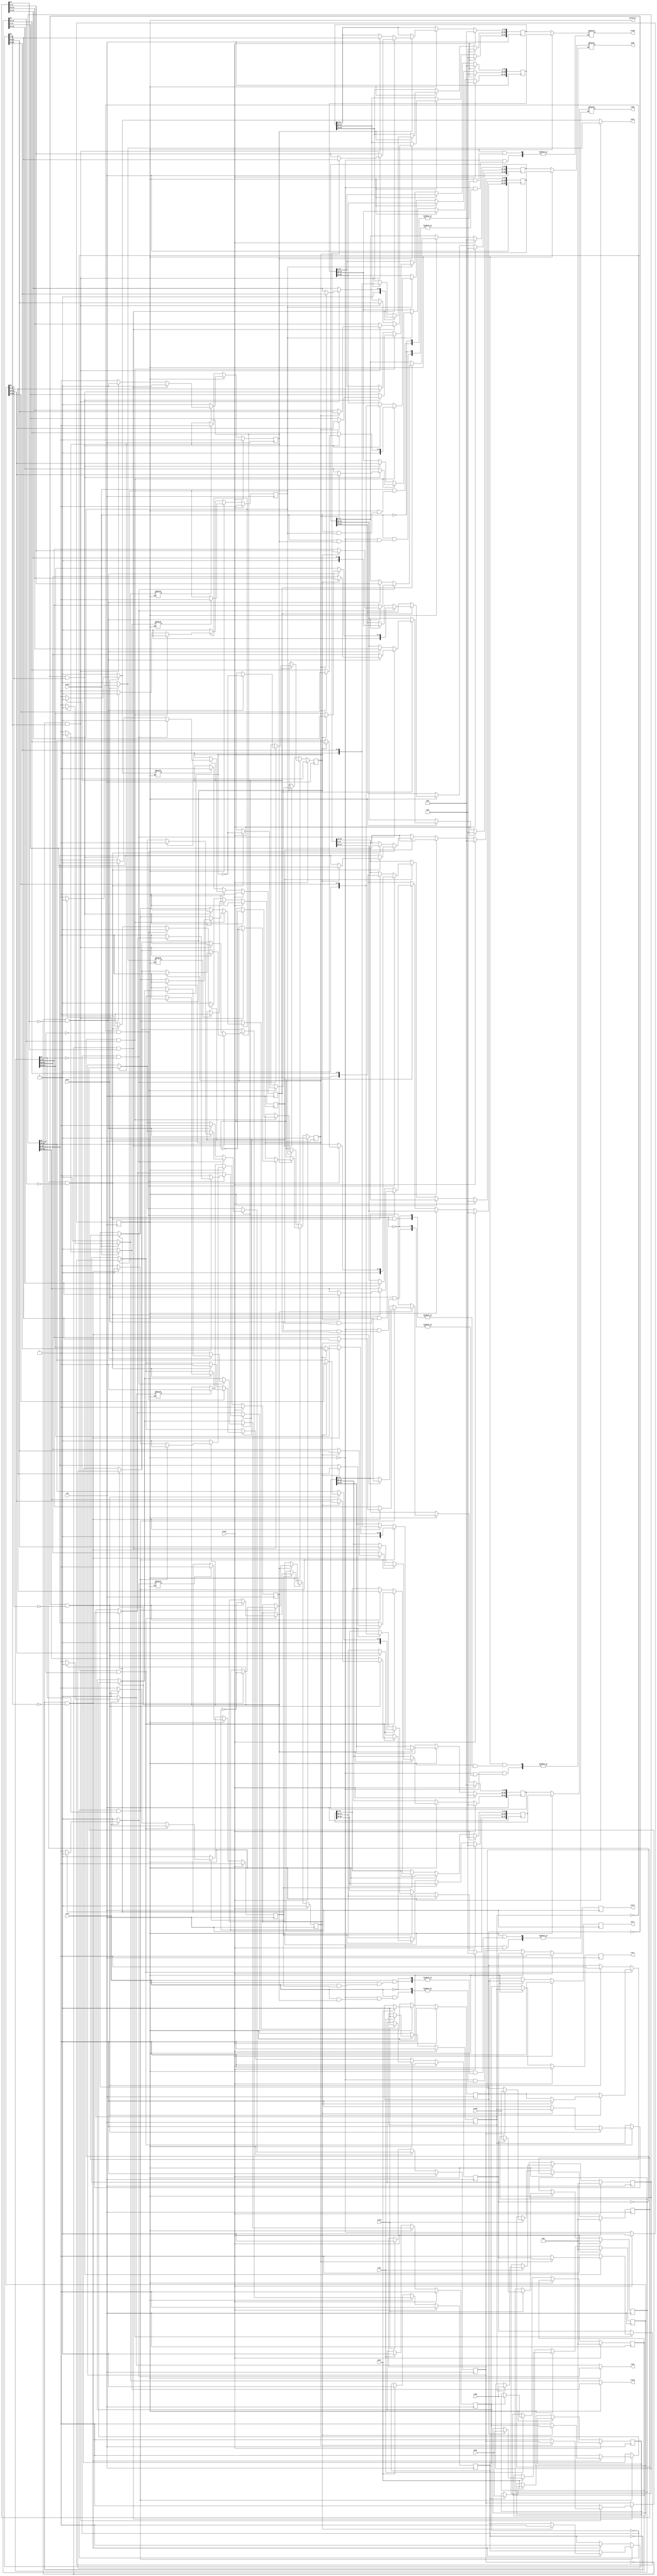

`define PACKET_WIDTH 64
`define RESERVED_WIDTH 6
`define HOP_WIDTH 8
`define SOURCE_WIDTH 16
`define EVEN 1'b0
`define ODD 1'b1
`define CW 1'b0
`define CCW 1'b1
`define RESET_ACTIVE 1'b1
`define SO_RESET_VALUE 1'b0
`define RI_RESET_VALUE 1'b1
`define DATA_RESET_VALUE 0
`define PRI_CW_PE 1'b0
`define PRI_CCW_PE 1'b0
`define PRI_CW_CCW 1'b0
`define POLARITY_RESET_VALUE 1'b0
`define HANDSHAKING_ACTIVE 1'b1
`define DIR_CW 1'b0
`define DIR_CCW 1'b1
`define HOP_ZERO 1'b0
`define IDLE 1'b1
`define OCCUPIED 1'b0


module ring_router( clk, reset, polarity,
					cwsi, cwri, cwdi,
					cwso, cwro, cwdo,
					ccwsi, ccwri, ccwdi,
					ccwso, ccwro, ccwdo,
					pesi, peri, pedi,
					peso, pero, pedo);
input cwsi, cwro, ccwsi, ccwro, pesi, pero, clk, reset;
output reg cwri, cwso, ccwri, ccwso, peri, peso, polarity;
input [`PACKET_WIDTH-1:0] cwdi, ccwdi, pedi;
output reg [`PACKET_WIDTH-1:0] cwdo, ccwdo, pedo;
reg pe_priority, cw_priority, ccw_priority;
reg pe_vc, pe_dir;
reg cwi_even_status, cwi_odd_status, cwo_even_status, cwo_odd_status, ccwi_even_status, ccwi_odd_status, ccwo_even_status, ccwo_odd_status, pei_even_status, pei_odd_status, peo_even_status, peo_odd_status;
reg cw_valid, ccw_valid, pe_valid;
reg [`HOP_WIDTH-1:0] cw_hop_value, ccw_hop_value, pe_hop_value;
reg [`PACKET_WIDTH-1:0] cwdi_even, cwdi_odd, cwdo_even, cwdo_odd, ccwdi_even, ccwdi_odd, ccwdo_even, ccwdo_odd, pedi_even, pedi_odd, pedo_even, pedo_odd;

reg flag_cwo_even, flag_ccwo_even, flag_peo_even, flag_cwo_odd, flag_ccwo_odd, flag_peo_odd;
//output connection
always @(*) begin
	if (polarity == `EVEN) begin
	    //cw
		if(cwro == `HANDSHAKING_ACTIVE) begin
			if(cwo_even_status == `OCCUPIED) begin
				flag_cwo_even = 1'b1;
				cwdo = cwdo_even;
				cwso = `HANDSHAKING_ACTIVE;
			end
			else begin
			flag_cwo_even = 1'b0;
			cwso = ~`HANDSHAKING_ACTIVE;
			end
		end
		else begin
			flag_cwo_even = 1'b0;
			cwso = ~`HANDSHAKING_ACTIVE;
		end

		//ccw
		if(ccwro == `HANDSHAKING_ACTIVE) begin
			if(ccwo_even_status == `OCCUPIED) begin
				flag_ccwo_even = 1'b1;
				ccwdo = ccwdo_even;
				ccwso = `HANDSHAKING_ACTIVE;
			end
			else begin
				flag_ccwo_even = 1'b0;
				ccwso = ~`HANDSHAKING_ACTIVE;
			end
		end
		else begin
			flag_ccwo_even = 1'b0;
			ccwso = ~`HANDSHAKING_ACTIVE;
		end

		//pe
		if(pero == `HANDSHAKING_ACTIVE) begin
			if(peo_even_status == `OCCUPIED) begin
				flag_peo_even = 1'b1;
				pedo = pedo_even;
				peso = `HANDSHAKING_ACTIVE;
			end
			else begin
				flag_peo_even = 1'b0;
				peso = ~`HANDSHAKING_ACTIVE;
			end
		end
		else begin
			flag_peo_even = 1'b0;
			peso = ~`HANDSHAKING_ACTIVE;
		end

	end


	else begin//Odd polarity
	    //cw
		if(cwro == `HANDSHAKING_ACTIVE) begin
			if(cwo_odd_status == `OCCUPIED) begin
				flag_cwo_odd = 1'b1;
				cwdo = cwdo_odd;
				cwso = `HANDSHAKING_ACTIVE;
			end
			else begin
			flag_cwo_odd = 1'b0;
			cwso = ~`HANDSHAKING_ACTIVE;
			end
		end
		else begin
			flag_cwo_odd = 1'b0;
			cwso = ~`HANDSHAKING_ACTIVE;
		end

		//ccw
		if(ccwro == `HANDSHAKING_ACTIVE) begin
			if(ccwo_odd_status == `OCCUPIED) begin
				flag_ccwo_odd = 1'b1;
				ccwdo = ccwdo_odd;
				ccwso = `HANDSHAKING_ACTIVE;
			end
			else begin
				flag_ccwo_odd = 1'b0;
				ccwso = ~`HANDSHAKING_ACTIVE;

			end
		end
		else begin
			flag_ccwo_odd = 1'b0;
			ccwso = ~`HANDSHAKING_ACTIVE;
		end

		//pe
		if(pero == `HANDSHAKING_ACTIVE) begin
			if(peo_odd_status == `OCCUPIED) begin
				flag_peo_odd = 1'b1;
				pedo = pedo_odd;
				peso = `HANDSHAKING_ACTIVE;
			end
			else begin
				flag_peo_odd = 1'b0;
				peso = ~`HANDSHAKING_ACTIVE;
			end
		end
		else begin
			flag_peo_odd = 1'b0;
			peso = ~`HANDSHAKING_ACTIVE;
		end

	end
end




always @(posedge clk) begin
	if(reset == `RESET_ACTIVE) begin
		// so reset
//		cwso = `SO_RESET_VALUE;
//		ccwso = `SO_RESET_VALUE;
//		peso = `SO_RESET_VALUE;
		// ri reset
		cwri <= `RI_RESET_VALUE;
		ccwri <= `RI_RESET_VALUE;
		peri <= `RI_RESET_VALUE;
		// priority reset
		cw_priority <= `PRI_CW_PE;
		ccw_priority <= `PRI_CCW_PE;
		pe_priority <= `PRI_CW_CCW;
		// data reset
//		cwdo = `DATA_RESET_VALUE;
//		ccwdo = `DATA_RESET_VALUE;
//		pedo = `DATA_RESET_VALUE;
		cwdi_even <= `DATA_RESET_VALUE;
		cwdi_odd <= `DATA_RESET_VALUE;
		cwdo_even <= `DATA_RESET_VALUE;
		cwdo_odd <= `DATA_RESET_VALUE;
		ccwdi_even <= `DATA_RESET_VALUE;
		ccwdi_odd <= `DATA_RESET_VALUE;
		ccwdo_even <= `DATA_RESET_VALUE;
		ccwdo_odd <= `DATA_RESET_VALUE;
		pedi_even <= `DATA_RESET_VALUE;
		pedi_odd <= `DATA_RESET_VALUE;
		pedo_even <= `DATA_RESET_VALUE;
		pedo_odd <= `DATA_RESET_VALUE;
		// polarity reset
		polarity = `POLARITY_RESET_VALUE;
		// register validation reset
		cw_valid <= ~`HANDSHAKING_ACTIVE;
		ccw_valid <= ~`HANDSHAKING_ACTIVE;
		pe_valid <= ~`HANDSHAKING_ACTIVE;
		{cwi_even_status, cwi_odd_status, cwo_even_status, cwo_odd_status, ccwi_even_status, ccwi_odd_status, ccwo_even_status, ccwo_odd_status, pei_even_status, pei_odd_status, peo_even_status, peo_odd_status} <= 12'hfff;
	end
	else begin
		polarity = ~polarity;
		// cw_valid = ~`HANDSHAKING_ACTIVE;
		// ccw_valid = ~`HANDSHAKING_ACTIVE;
		// pe_valid = ~`HANDSHAKING_ACTIVE;
		// even
		if(polarity == `EVEN) begin
			// input buffers
			if(cwsi == `HANDSHAKING_ACTIVE) begin
				if(cwi_odd_status == `IDLE) begin
					cwdi_odd <= cwdi;
					//cw_hop_value <= cwdi[`PACKET_WIDTH-9:`PACKET_WIDTH-16];
					cwi_odd_status <= `OCCUPIED;
				end
			end
			if(ccwsi == `HANDSHAKING_ACTIVE) begin
				if(ccwi_odd_status == `IDLE) begin
					ccwdi_odd <= ccwdi;
					//ccw_hop_value <= ccwdi[`PACKET_WIDTH-9:`PACKET_WIDTH-16];
					ccwi_odd_status <= `OCCUPIED;
				end
			end
			if(pesi == `HANDSHAKING_ACTIVE) begin
				if(pei_odd_status == `IDLE) begin
					pedi_odd <= pedi;
					//pe_vc <= pedi[`PACKET_WIDTH-1];
					//pe_dir <= pedi[`PACKET_WIDTH-2];
					//pe_hop_value <= pedi[`PACKET_WIDTH-9:`PACKET_WIDTH-16];
					pei_odd_status <= `OCCUPIED;
				end
			end
			cwri <= cwi_odd_status;
			ccwri <= ccwi_odd_status;
			peri <= pei_odd_status;
			//inner connections
			// cw out
			if(cwo_even_status == `IDLE) begin
				if(cwi_even_status == `OCCUPIED && cwdi_even[`PACKET_WIDTH-16] != `HOP_ZERO) begin
					if(pei_even_status == `OCCUPIED && pedi_even[`PACKET_WIDTH-2] == `DIR_CW ) begin
						// contention ocurrs
						if(cw_priority == `PRI_CW_PE) begin
//						  	cwdo_even <= cwdi_even;
							cwdo_even[`PACKET_WIDTH-1:`PACKET_WIDTH-8] <= cwdi_even[`PACKET_WIDTH-1:`PACKET_WIDTH-8];
							cwdo_even[`PACKET_WIDTH-9:`PACKET_WIDTH-16] <= cwdi_even[`PACKET_WIDTH-9:`PACKET_WIDTH-16]>>1'b1;
							cwdo_even[`PACKET_WIDTH-17:0] <= cwdi_even[`PACKET_WIDTH-17:0];
							cwi_even_status <= `IDLE;
//							cwo_even_status <= `OCCUPIED;
						end
						else begin
//							cwdo_even <= pedi_even;
							cwdo_even[`PACKET_WIDTH-1:`PACKET_WIDTH-8] <= pedi_even[`PACKET_WIDTH-1:`PACKET_WIDTH-8];
							cwdo_even[`PACKET_WIDTH-9:`PACKET_WIDTH-16] <= pedi_even[`PACKET_WIDTH-9:`PACKET_WIDTH-16]>>1'b1;
							cwdo_even[`PACKET_WIDTH-17:0] <= pedi_even[`PACKET_WIDTH-17:0];
							pei_even_status <= `IDLE;
//							cwo_even_status <= `OCCUPIED;
						end
						cw_priority <= ~cw_priority;
					end
					else begin
//						cwdo_even <= cwdi_even;
						cwdo_even[`PACKET_WIDTH-1:`PACKET_WIDTH-8] <= cwdi_even[`PACKET_WIDTH-1:`PACKET_WIDTH-8];
						cwdo_even[`PACKET_WIDTH-9:`PACKET_WIDTH-16] <= cwdi_even[`PACKET_WIDTH-9:`PACKET_WIDTH-16]>>1'b1;
						cwdo_even[`PACKET_WIDTH-17:0] <= cwdi_even[`PACKET_WIDTH-17:0];
						cwi_even_status <= `IDLE;
//						cwo_even_status <= `OCCUPIED;
					end
					cwo_even_status <= `OCCUPIED;
				end
				else if(pei_even_status == `OCCUPIED && pedi_even[`PACKET_WIDTH-2] == `DIR_CW) begin
//					cwdo_even <= pedi_even;
					cwdo_even[`PACKET_WIDTH-1:`PACKET_WIDTH-8] <= pedi_even[`PACKET_WIDTH-1:`PACKET_WIDTH-8];
					cwdo_even[`PACKET_WIDTH-9:`PACKET_WIDTH-16] <= pedi_even[`PACKET_WIDTH-9:`PACKET_WIDTH-16]>>1'b1;
					cwdo_even[`PACKET_WIDTH-17:0] <= pedi_even[`PACKET_WIDTH-17:0];
					pei_even_status <= `IDLE;
					cwo_even_status <= `OCCUPIED;
				end
			end

			// ccw out
			if(ccwo_even_status == `IDLE) begin
				if(ccwi_even_status == `OCCUPIED && ccwdi_even[`PACKET_WIDTH-16] != `HOP_ZERO) begin
					if(pei_even_status == `OCCUPIED && pedi_even[`PACKET_WIDTH-2] == `DIR_CCW ) begin
						// contention ocurrs
						if(ccw_priority == `PRI_CCW_PE) begin
//						  	ccwdo_even <= ccwdi_even;
							ccwdo_even[`PACKET_WIDTH-1:`PACKET_WIDTH-8] <= ccwdi_even[`PACKET_WIDTH-1:`PACKET_WIDTH-8];
							ccwdo_even[`PACKET_WIDTH-9:`PACKET_WIDTH-16] <= ccwdi_even[`PACKET_WIDTH-9:`PACKET_WIDTH-16]>>1'b1;
							ccwdo_even[`PACKET_WIDTH-17:0] <= ccwdi_even[`PACKET_WIDTH-17:0];
							ccwi_even_status <= `IDLE;
//							ccwo_even_status <= `OCCUPIED;
						end
						else begin
//							ccwdo_even <= pedi_even;
							ccwdo_even[`PACKET_WIDTH-1:`PACKET_WIDTH-8] <= pedi_even[`PACKET_WIDTH-1:`PACKET_WIDTH-8];
							ccwdo_even[`PACKET_WIDTH-9:`PACKET_WIDTH-16] <= pedi_even[`PACKET_WIDTH-9:`PACKET_WIDTH-16]>>1'b1;
							ccwdo_even[`PACKET_WIDTH-17:0] <= pedi_even[`PACKET_WIDTH-17:0];
							pei_even_status <= `IDLE;
//							ccwo_even_status <= `OCCUPIED;
						end
						ccw_priority <= ~ccw_priority;
					end
					else begin
//						ccwdo_even <= ccwdi_even;
						ccwdo_even[`PACKET_WIDTH-1:`PACKET_WIDTH-8] <= ccwdi_even[`PACKET_WIDTH-1:`PACKET_WIDTH-8];
						ccwdo_even[`PACKET_WIDTH-9:`PACKET_WIDTH-16] <= ccwdi_even[`PACKET_WIDTH-9:`PACKET_WIDTH-16]>>1'b1;
						ccwdo_even[`PACKET_WIDTH-17:0] <= ccwdi_even[`PACKET_WIDTH-17:0];
						ccwi_even_status <= `IDLE;
//						ccwo_even_status <= `OCCUPIED;
					end
					ccwo_even_status <= `OCCUPIED;
				end
				else if(pei_even_status == `OCCUPIED && pedi_even[`PACKET_WIDTH-2] == `DIR_CCW) begin
//					ccwdo_even <= pedi_even;
					ccwdo_even[`PACKET_WIDTH-1:`PACKET_WIDTH-8] <= pedi_even[`PACKET_WIDTH-1:`PACKET_WIDTH-8];
					ccwdo_even[`PACKET_WIDTH-9:`PACKET_WIDTH-16] <= pedi_even[`PACKET_WIDTH-9:`PACKET_WIDTH-16]>>1'b1;
					ccwdo_even[`PACKET_WIDTH-17:0] <= pedi_even[`PACKET_WIDTH-17:0];
					pei_even_status <= `IDLE;
					ccwo_even_status <= `OCCUPIED;
				end
			end

			// pe out
			if(peo_even_status == `IDLE) begin
				if(cwi_even_status == `OCCUPIED && cwdi_even[`PACKET_WIDTH-16] == `HOP_ZERO) begin
					if(ccwi_even_status == `OCCUPIED && ccwdi_even[`PACKET_WIDTH-16] == `HOP_ZERO) begin
						// contention ocurrs
						if(pe_priority == `PRI_CW_CCW) begin
//						  	pedo_even <= cwdi_even;
							pedo_even[`PACKET_WIDTH-1:`PACKET_WIDTH-8] <= cwdi_even[`PACKET_WIDTH-1:`PACKET_WIDTH-8];
							pedo_even[`PACKET_WIDTH-9:`PACKET_WIDTH-16] <= cwdi_even[`PACKET_WIDTH-9:`PACKET_WIDTH-16]>>1'b1;
							pedo_even[`PACKET_WIDTH-17:0] <= cwdi_even[`PACKET_WIDTH-17:0];
							cwi_even_status <= `IDLE;
						end
						else begin
//							pedo_even <= ccwdi_even;
							pedo_even[`PACKET_WIDTH-1:`PACKET_WIDTH-8] <= ccwdi_even[`PACKET_WIDTH-1:`PACKET_WIDTH-8];
							pedo_even[`PACKET_WIDTH-9:`PACKET_WIDTH-16] <= ccwdi_even[`PACKET_WIDTH-9:`PACKET_WIDTH-16]>>1'b1;
							pedo_even[`PACKET_WIDTH-17:0] <= ccwdi_even[`PACKET_WIDTH-17:0];
							ccwi_even_status <= `IDLE;
						end
						pe_priority <= ~pe_priority;
					end
					// cw valid, ccw invalid
					else begin
//						pedo_even <= cwdi_even;
						pedo_even[`PACKET_WIDTH-1:`PACKET_WIDTH-8] <= cwdi_even[`PACKET_WIDTH-1:`PACKET_WIDTH-8];
						pedo_even[`PACKET_WIDTH-9:`PACKET_WIDTH-16] <= cwdi_even[`PACKET_WIDTH-9:`PACKET_WIDTH-16]>>1'b1;
						pedo_even[`PACKET_WIDTH-17:0] <= cwdi_even[`PACKET_WIDTH-17:0];
						cwi_even_status <= `IDLE;
					end
					peo_even_status <= `OCCUPIED;
				end
				// cw invalid, ccw valid
				else if(ccwi_even_status == `OCCUPIED && ccwdi_even[`PACKET_WIDTH-16] == `HOP_ZERO) begin
//					pedo_even <= ccwdi_even;
					ccwi_even_status <= `IDLE;
					peo_even_status <= `OCCUPIED;
					pedo_even[`PACKET_WIDTH-1:`PACKET_WIDTH-8] <= ccwdi_even[`PACKET_WIDTH-1:`PACKET_WIDTH-8];
					pedo_even[`PACKET_WIDTH-9:`PACKET_WIDTH-16] <= ccwdi_even[`PACKET_WIDTH-9:`PACKET_WIDTH-16]>>1'b1;
					pedo_even[`PACKET_WIDTH-17:0] <= ccwdi_even[`PACKET_WIDTH-17:0];
				end
			end

			//output flag
			if (flag_cwo_odd) begin
//				cwso <= `HANDSHAKING_ACTIVE;
				cwo_odd_status <= `IDLE;
			end
//			else begin
//				cwso <= ~`HANDSHAKING_ACTIVE;
//			end

			if (flag_ccwo_odd) begin
//				ccwso <= `HANDSHAKING_ACTIVE;
				ccwo_odd_status <= `IDLE;
			end
//			else begin
//				ccwso <= ~`HANDSHAKING_ACTIVE;
//			end

			if (flag_peo_odd) begin
//				peso <= `HANDSHAKING_ACTIVE;
				peo_odd_status <= `IDLE;
			end
//			else begin
//				peso <= ~`HANDSHAKING_ACTIVE;
//			end


		end
		// odd
		else begin
			// input buffers
			if(cwsi == `HANDSHAKING_ACTIVE) begin
				if(cwi_even_status == `IDLE) begin
					cwdi_even <= cwdi;
					//cw_hop_value <= cwdi[`PACKET_WIDTH-9:`PACKET_WIDTH-16];
					cwi_even_status <= `OCCUPIED;
				end
			end
			if(ccwsi == `HANDSHAKING_ACTIVE) begin
				if(ccwi_even_status == `IDLE) begin
					ccwdi_even <= ccwdi;
					//ccw_hop_value <= ccwdi[`PACKET_WIDTH-9:`PACKET_WIDTH-16];
					ccwi_even_status <= `OCCUPIED;
				end
			end
			if(pesi == `HANDSHAKING_ACTIVE) begin
				if(pei_even_status == `IDLE) begin
					pedi_even <= pedi;
					//pe_vc <= pedi[`PACKET_WIDTH-1];
					//pe_dir <= pedi[`PACKET_WIDTH-2];
					//pe_hop_value <= pedi[`PACKET_WIDTH-9:`PACKET_WIDTH-16];
					pei_even_status <= `OCCUPIED;
				end
			end
			cwri <= cwi_even_status;
			ccwri <= ccwi_even_status;
			peri <= pei_even_status;


			//inner connections
			// cw out
			if(cwo_odd_status == `IDLE) begin
				if(cwi_odd_status == `OCCUPIED && cwdi_odd[`PACKET_WIDTH-16] != `HOP_ZERO) begin
					if(pei_odd_status == `OCCUPIED && pedi_odd[`PACKET_WIDTH-2] == `DIR_CW ) begin
						// contention ocurrs
						if(cw_priority == `PRI_CW_PE) begin
//						  	cwdo_odd <= cwdi_odd;
							cwdo_odd[`PACKET_WIDTH-1:`PACKET_WIDTH-8] <= cwdi_odd[`PACKET_WIDTH-1:`PACKET_WIDTH-8];
							cwdo_odd[`PACKET_WIDTH-9:`PACKET_WIDTH-16] <= cwdi_odd[`PACKET_WIDTH-9:`PACKET_WIDTH-16]>>1'b1;
							cwdo_odd[`PACKET_WIDTH-17:0] <= cwdi_odd[`PACKET_WIDTH-17:0];
							cwi_odd_status <= `IDLE;
//							cwo_odd_status <= `OCCUPIED;
						end
						else begin
//							cwdo_odd <= pedi_odd;
							cwdo_odd[`PACKET_WIDTH-1:`PACKET_WIDTH-8] <= pedi_odd[`PACKET_WIDTH-1:`PACKET_WIDTH-8];
							cwdo_odd[`PACKET_WIDTH-9:`PACKET_WIDTH-16] <= pedi_odd[`PACKET_WIDTH-9:`PACKET_WIDTH-16]>>1'b1;
							cwdo_odd[`PACKET_WIDTH-17:0] <= pedi_odd[`PACKET_WIDTH-17:0];
							pei_odd_status <= `IDLE;
//							cwo_odd_status <= `OCCUPIED;
						end
						cw_priority <= ~cw_priority;
					end
					else begin
//						cwdo_odd <= cwdi_odd;
						cwdo_odd[`PACKET_WIDTH-1:`PACKET_WIDTH-8] <= cwdi_odd[`PACKET_WIDTH-1:`PACKET_WIDTH-8];
						cwdo_odd[`PACKET_WIDTH-9:`PACKET_WIDTH-16] <= cwdi_odd[`PACKET_WIDTH-9:`PACKET_WIDTH-16]>>1'b1;
						cwdo_odd[`PACKET_WIDTH-17:0] <= cwdi_odd[`PACKET_WIDTH-17:0];
						cwi_odd_status <= `IDLE;
//						cwo_odd_status <= `OCCUPIED;
					end
					cwo_odd_status <= `OCCUPIED;
				end
				else if(pei_odd_status == `OCCUPIED && pedi_odd[`PACKET_WIDTH-2] == `DIR_CW) begin
//					cwdo_odd <= pedi_odd;
					cwdo_odd[`PACKET_WIDTH-1:`PACKET_WIDTH-8] <= pedi_odd[`PACKET_WIDTH-1:`PACKET_WIDTH-8];
					cwdo_odd[`PACKET_WIDTH-9:`PACKET_WIDTH-16] <= pedi_odd[`PACKET_WIDTH-9:`PACKET_WIDTH-16]>>1'b1;
					cwdo_odd[`PACKET_WIDTH-17:0] <= pedi_odd[`PACKET_WIDTH-17:0];
					pei_odd_status <= `IDLE;
					cwo_odd_status <= `OCCUPIED;
				end
			end

			// ccw out
			if(ccwo_odd_status == `IDLE) begin
				if(ccwi_odd_status == `OCCUPIED && ccwdi_odd[`PACKET_WIDTH-16] != `HOP_ZERO) begin
					if(pei_odd_status == `OCCUPIED && pedi_odd[`PACKET_WIDTH-2] == `DIR_CCW ) begin
						// contention ocurrs
						if(ccw_priority == `PRI_CCW_PE) begin
//						  	ccwdo_odd <= ccwdi_odd;
							ccwdo_odd[`PACKET_WIDTH-1:`PACKET_WIDTH-8] <= ccwdi_odd[`PACKET_WIDTH-1:`PACKET_WIDTH-8];
							ccwdo_odd[`PACKET_WIDTH-9:`PACKET_WIDTH-16] <= ccwdi_odd[`PACKET_WIDTH-9:`PACKET_WIDTH-16]>>1'b1;
							ccwdo_odd[`PACKET_WIDTH-17:0] <= ccwdi_odd[`PACKET_WIDTH-17:0];
							ccwi_odd_status <= `IDLE;
//							ccwo_odd_status <= `OCCUPIED;
						end
						else begin
//							ccwdo_odd <= pedi_odd;
							ccwdo_odd[`PACKET_WIDTH-1:`PACKET_WIDTH-8] <= pedi_odd[`PACKET_WIDTH-1:`PACKET_WIDTH-8];
							ccwdo_odd[`PACKET_WIDTH-9:`PACKET_WIDTH-16] <= pedi_odd[`PACKET_WIDTH-9:`PACKET_WIDTH-16]>>1'b1;
							ccwdo_odd[`PACKET_WIDTH-17:0] <= pedi_odd[`PACKET_WIDTH-17:0];
							pei_odd_status <= `IDLE;
//							ccwo_odd_status <= `OCCUPIED;
						end
						ccw_priority <= ~ccw_priority;
					end
					else begin
//						ccwdo_odd <= ccwdi_odd;
						ccwdo_odd[`PACKET_WIDTH-1:`PACKET_WIDTH-8] <= ccwdi_odd[`PACKET_WIDTH-1:`PACKET_WIDTH-8];
						ccwdo_odd[`PACKET_WIDTH-9:`PACKET_WIDTH-16] <= ccwdi_odd[`PACKET_WIDTH-9:`PACKET_WIDTH-16]>>1'b1;
						ccwdo_odd[`PACKET_WIDTH-17:0] <= ccwdi_odd[`PACKET_WIDTH-17:0];
						ccwi_odd_status <= `IDLE;
//						ccwo_odd_status <= `OCCUPIED;
					end
					ccwo_odd_status <= `OCCUPIED;
				end
				else if(pei_odd_status == `OCCUPIED && pedi_odd[`PACKET_WIDTH-2] == `DIR_CCW) begin
//					ccwdo_odd <= pedi_odd;
					ccwdo_odd[`PACKET_WIDTH-1:`PACKET_WIDTH-8] <= pedi_odd[`PACKET_WIDTH-1:`PACKET_WIDTH-8];
					ccwdo_odd[`PACKET_WIDTH-9:`PACKET_WIDTH-16] <= pedi_odd[`PACKET_WIDTH-9:`PACKET_WIDTH-16]>>1'b1;
					ccwdo_odd[`PACKET_WIDTH-17:0] <= pedi_odd[`PACKET_WIDTH-17:0];
					pei_odd_status <= `IDLE;
					ccwo_odd_status <= `OCCUPIED;
				end
			end

			// pe out
			if(peo_odd_status == `IDLE) begin
				if(cwi_odd_status == `OCCUPIED && cwdi_odd[`PACKET_WIDTH-16] == `HOP_ZERO) begin
					if(ccwi_odd_status == `OCCUPIED && ccwdi_odd[`PACKET_WIDTH-16] == `HOP_ZERO) begin
						// contention ocurrs
						if(pe_priority == `PRI_CW_CCW) begin
//						  	pedo_odd <= cwdi_odd;
							pedo_odd[`PACKET_WIDTH-1:`PACKET_WIDTH-8] <= cwdi_odd[`PACKET_WIDTH-1:`PACKET_WIDTH-8];
							pedo_odd[`PACKET_WIDTH-9:`PACKET_WIDTH-16] <= cwdi_odd[`PACKET_WIDTH-9:`PACKET_WIDTH-16]>>1'b1;
							pedo_odd[`PACKET_WIDTH-17:0] <= cwdi_odd[`PACKET_WIDTH-17:0];
							cwi_odd_status <= `IDLE;
						end
						else begin
//							pedo_odd <= ccwdi_odd;
							pedo_odd[`PACKET_WIDTH-1:`PACKET_WIDTH-8] <= ccwdi_odd[`PACKET_WIDTH-1:`PACKET_WIDTH-8];
							pedo_odd[`PACKET_WIDTH-9:`PACKET_WIDTH-16] <= ccwdi_odd[`PACKET_WIDTH-9:`PACKET_WIDTH-16]>>1'b1;
							pedo_odd[`PACKET_WIDTH-17:0] <= ccwdi_odd[`PACKET_WIDTH-17:0];
							ccwi_odd_status <= `IDLE;
						end
						pe_priority <= ~pe_priority;
					end
					// cw valid, ccw invalid
					else begin
//						pedo_odd <= cwdi_odd;
						pedo_odd[`PACKET_WIDTH-1:`PACKET_WIDTH-8] <= cwdi_odd[`PACKET_WIDTH-1:`PACKET_WIDTH-8];
						pedo_odd[`PACKET_WIDTH-9:`PACKET_WIDTH-16] <= cwdi_odd[`PACKET_WIDTH-9:`PACKET_WIDTH-16]>>1'b1;
						pedo_odd[`PACKET_WIDTH-17:0] <= cwdi_odd[`PACKET_WIDTH-17:0];
						cwi_odd_status <= `IDLE;
					end
					peo_odd_status <= `OCCUPIED;
				end
				// cw invalid, ccw valid
				else if(ccwi_odd_status == `OCCUPIED && ccwdi_odd[`PACKET_WIDTH-16] == `HOP_ZERO) begin
//					pedo_odd <= ccwdi_odd;
					ccwi_odd_status <= `IDLE;
					peo_odd_status <= `OCCUPIED;
					pedo_odd[`PACKET_WIDTH-1:`PACKET_WIDTH-8] <= ccwdi_odd[`PACKET_WIDTH-1:`PACKET_WIDTH-8];
					pedo_odd[`PACKET_WIDTH-9:`PACKET_WIDTH-16] <= ccwdi_odd[`PACKET_WIDTH-9:`PACKET_WIDTH-16]>>1'b1;
					pedo_odd[`PACKET_WIDTH-17:0] <= ccwdi_odd[`PACKET_WIDTH-17:0];
				end
			end
//          out flag
			if (flag_cwo_even) begin
//				cwso <= `HANDSHAKING_ACTIVE;
				cwo_even_status <= `IDLE;
			end
//			else begin
//				cwso <= ~`HANDSHAKING_ACTIVE;
//			end

			if (flag_ccwo_even) begin
//				ccwso <= `HANDSHAKING_ACTIVE;
				ccwo_even_status <= `IDLE;
			end
//			else begin
//				ccwso <= ~`HANDSHAKING_ACTIVE;
//			end

			if (flag_peo_even) begin
//				peso <= `HANDSHAKING_ACTIVE;
				peo_even_status <= `IDLE;
			end
//			else begin
//				peso <= ~`HANDSHAKING_ACTIVE;
//			end


		end
	end
end
endmodule

module cardinal_ring(	clk, reset,
						pesi0, peri0, pedi0, peso0, pero0, pedo0, polarity0,
						pesi1, peri1, pedi1, peso1, pero1, pedo1, polarity1,
						pesi2, peri2, pedi2, peso2, pero2, pedo2, polarity2,
						pesi3, peri3, pedi3, peso3, pero3, pedo3, polarity3
);
input clk, reset;
input pesi0, pero0, pesi1, pero1, pesi2, pero2, pesi3, pero3;
input [`PACKET_WIDTH-1:0] pedi0, pedi1, pedi2, pedi3;
output peri0, peso0, peri1, peso1, peri2, peso2, peri3, peso3;
output [`PACKET_WIDTH-1:0] pedo0, pedo1, pedo2, pedo3;
output wire polarity0, polarity1, polarity2, polarity3;
wire cwsi0, cwsi1, cwsi2, cwsi3, cwri0, cwri1, cwri2, cwri3, ccwsi0, ccwsi1, ccwsi2, ccwsi3, ccwri0, ccwri1, ccwri2, ccwri3;
wire [`PACKET_WIDTH-1:0] cwdi0, cwdi1, cwdi2, cwdi3, ccwdi0, ccwdi1, ccwdi2, ccwdi3;

ring_router rr0(clk, reset, polarity0, cwsi0, cwri0, cwdi0, cwsi1, cwri1, cwdi1, ccwsi0, ccwri0, ccwdi0, ccwsi3, ccwri3, ccwdi3, pesi0, peri0, pedi0, peso0, pero0, pedo0);
ring_router rr1(clk, reset, polarity1, cwsi1, cwri1, cwdi1, cwsi2, cwri2, cwdi2, ccwsi1, ccwri1, ccwdi1, ccwsi0, ccwri0, ccwdi0, pesi1, peri1, pedi1, peso1, pero1, pedo1);
ring_router rr2(clk, reset, polarity2, cwsi2, cwri2, cwdi2, cwsi3, cwri3, cwdi3, ccwsi2, ccwri2, ccwdi2, ccwsi1, ccwri1, ccwdi1, pesi2, peri2, pedi2, peso2, pero2, pedo2);
ring_router rr3(clk, reset, polarity3, cwsi3, cwri3, cwdi3, cwsi0, cwri0, cwdi0, ccwsi3, ccwri3, ccwdi3, ccwsi2, ccwri2, ccwdi2, pesi3, peri3, pedi3, peso3, pero3, pedo3);

endmodule // four_nodes_ring